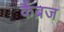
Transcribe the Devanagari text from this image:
कैंब्रज